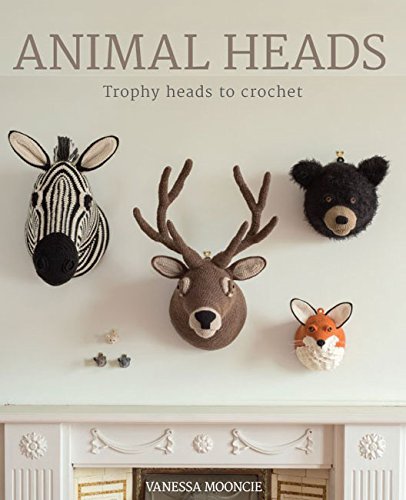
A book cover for Animal Heads: Trophy Heads to Crochet; Vanessa Mooncie; Crafts, Hobbies & Home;